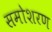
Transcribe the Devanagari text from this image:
समोशरण